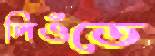
লিওঁতে